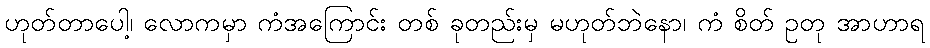
ဟုတ်တာပေါ့၊ လောကမှာ ကံအကြောင်း တစ် ခုတည်းမှ မဟုတ်ဘဲနော၊ ကံ စိတ် ဥတု အာဟာရ